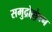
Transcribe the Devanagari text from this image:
समुद्रोल्लंघन